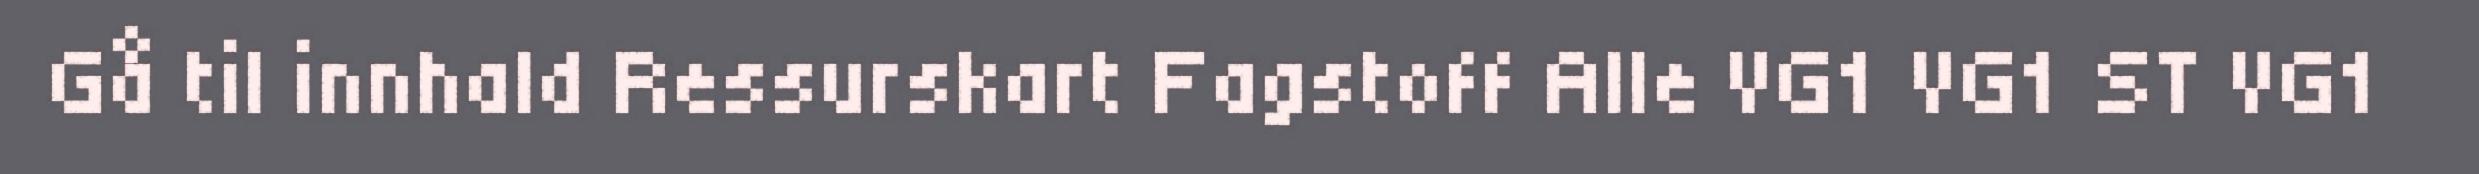
Gå til innhald Ressurskart Fagstoff Alle VG1 VG1 ST VG1